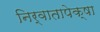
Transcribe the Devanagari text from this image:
निर्वातापेक्षा